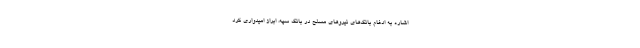
اشاره به ادغام بانک‌های نیروهای مسلح در بانک سپه، ابراز امیدواری کرد